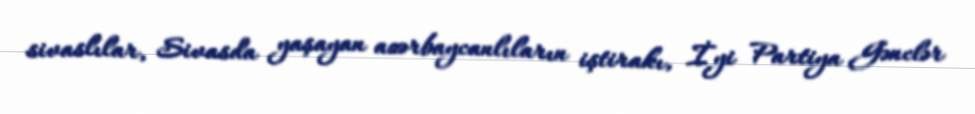
sivaslılar, Sivasda yaşayan azərbaycanlıların iştirakı, İyi Partiya Gənclər